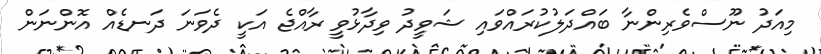
މިއަދު ނޫސްވެރިންނާ ބައްދަލުކުރައްވައި ޝަވީދު ވިދާޅުވީ ރާއްޖެ އަކީ ދެވަނަ ދަނޑެއް އޮންނަން